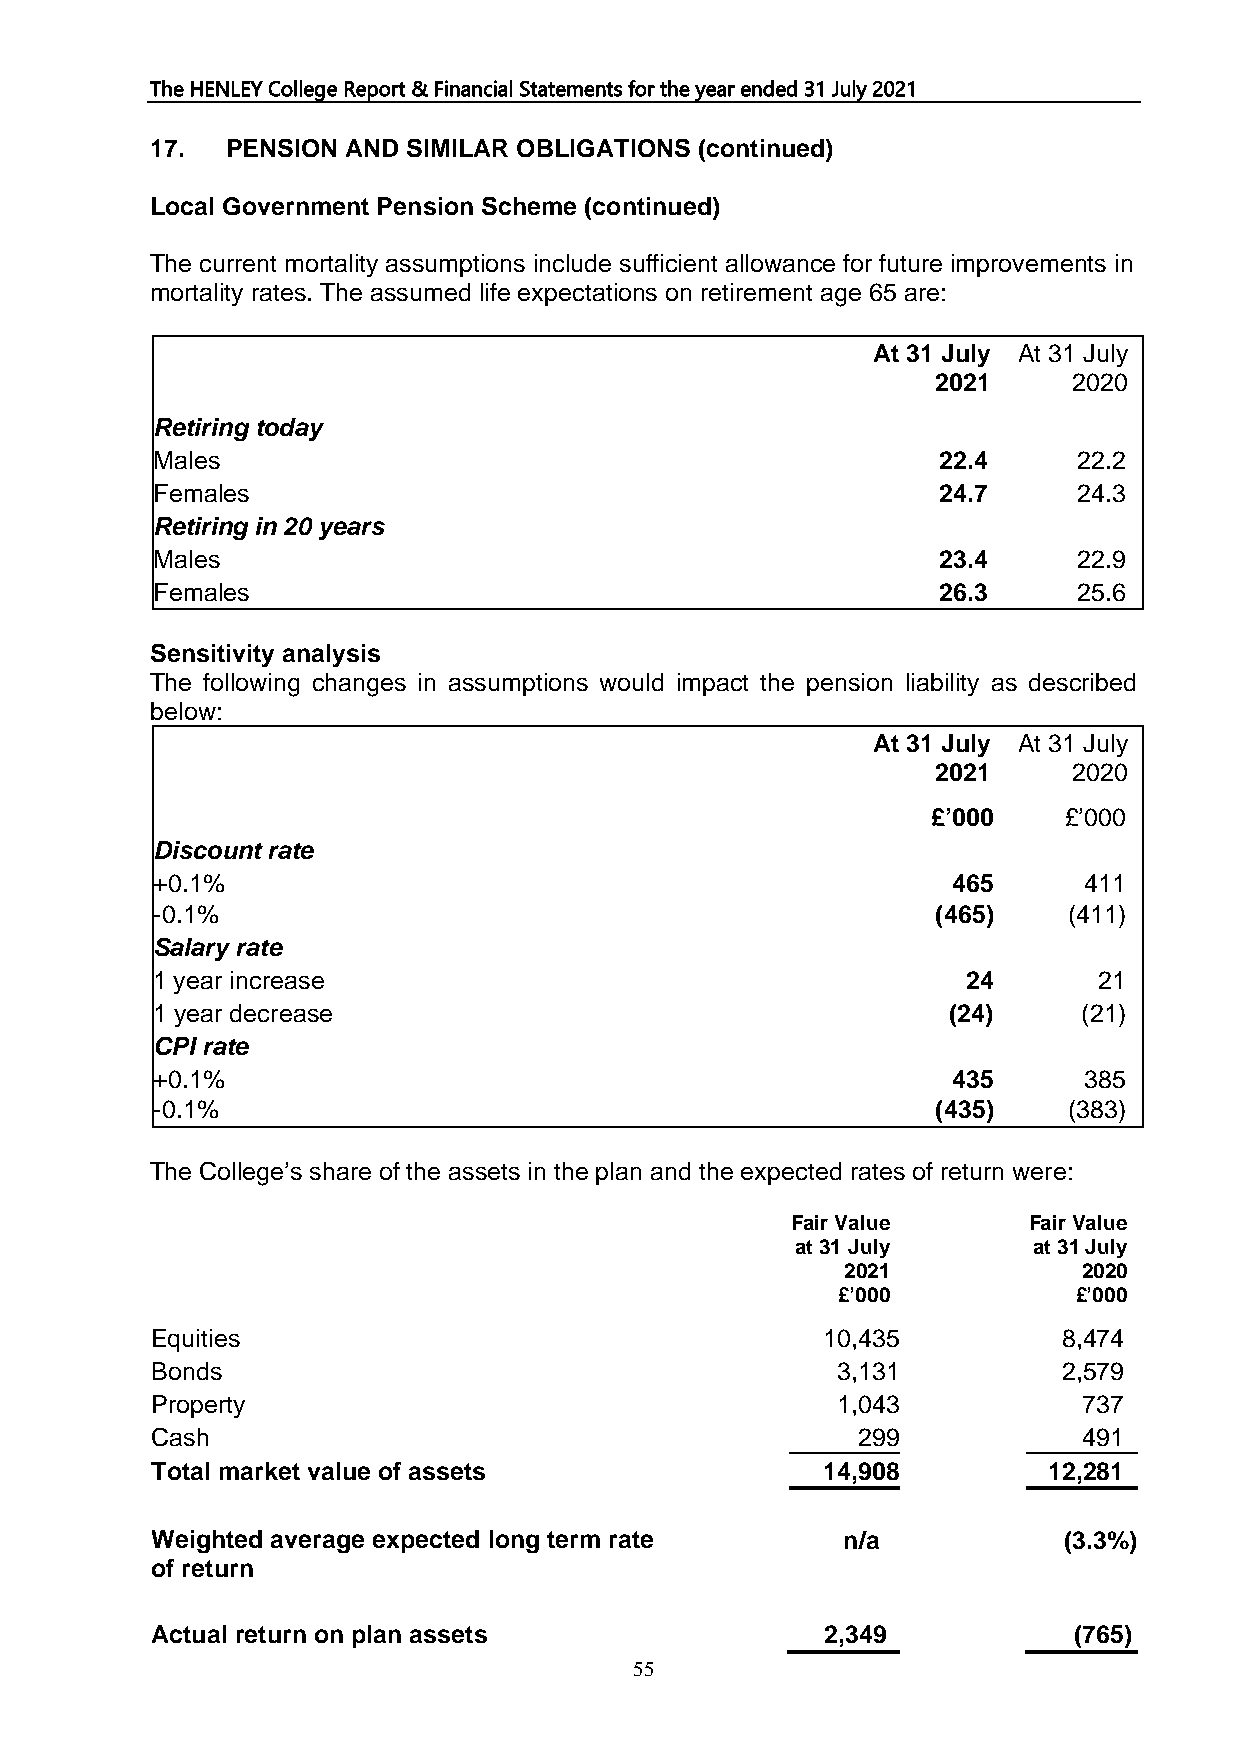
The HENLEY College Report & Financial Statements for the year ended 31 July 2021
 17.  PENSION AND SIMILAR OBLIGATIONS (continued)
 Local Government Pension Scheme (continued)
 The current mortality assumptions include sufficient allowance for future improvements in
 mortality rates. The assumed life expectations on retirement age 65 are:
 At 31 July At 31 July
 2021     2020
 Retiring today
 Males                                               22.4     22.2
 Females                                             24.7     24.3
 Retiring in 20 years
 Males                                               23.4     22.9
 Females                                             26.3     25.6
 Sensitivity analysis
 The following changes in assumptions would impact the pension liability as described
 below:
 At 31 July At 31 July
 2021     2020
 £’000   £’000
 Discount rate
 +0.1%                                                465      411
 -0.1%                                               (465)    (411)
 Salary rate
 1 year increase                                       24       21
 1 year decrease                                      (24)     (21)
 CPI rate
 +0.1%                                                435      385
 -0.1%                                               (435)    (383)
 The College’s share of the assets in the plan and the expected rates of return were:
 Fair Value      Fair Value
 at 31 July     at 31 July
 2021            2020
 £’000           £’000
 Equities                                    10,435          8,474
 Bonds                                        3,131          2,579
 Property                                     1,043            737
 Cash                                           299            491
 Total market value of assets                14,908         12,281
 Weighted average expected long term rate      n/a           (3.3%)
 of return
 Actual return on plan assets                 2,349           (765)
 55